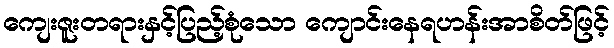
ကျေးဇူးတရားနှင့်ပြည့်စုံသော ကျောင်းနေရဟန်းအာစိတ်ဖြင့်